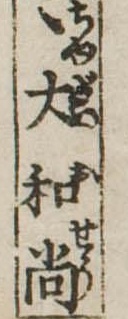
ヽ大和尚